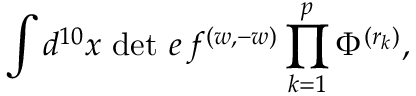
{ \int d ^ { 1 0 } x \, \operatorname * { d e t } \, e \, f ^ { ( w , - w ) } \prod _ { k = 1 } ^ { p } \Phi ^ { ( r _ { k } ) } , }